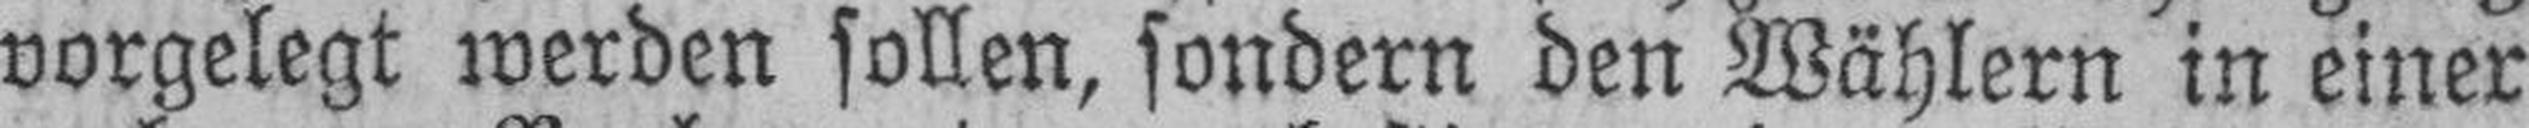
vorgelegt werden sollen, sondern den Wählern in einer